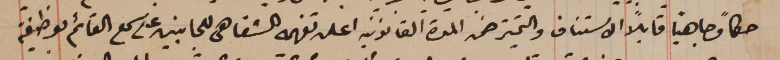
حكماً وجاهياً قابلاً الاستناف والتمييز ضمن المدة القانونية اعلن تفهمه الشفاهى للجانبين على سمع القائم بوظيفة